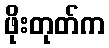
ဖိုးတုတ်က